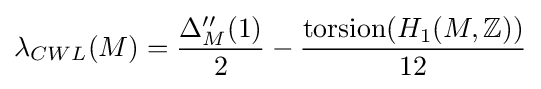
\lambda _{CWL}(M)={\frac {\Delta _{M}^{\prime \prime }(1)}{2}}-{\frac {\mathrm {torsion} (H_{1}(M,\mathbb {Z} ))}{12}}